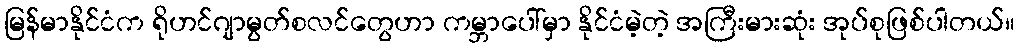
မြန်မာနိုင်ငံက ရိုဟင်ဂျာမွတ်စလင်တွေဟာ ကမ္ဘာပေါ်မှာ နိုင်ငံမဲ့တဲ့ အကြီးမားဆုံး အုပ်စုဖြစ်ပါတယ်။